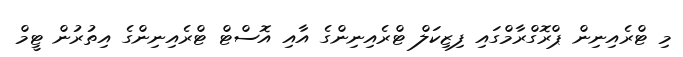
މި ޓްރެއިނިން ޕްރޮގްރާމްގައި ފިޒިކަލް ޓްރެއިނިންގެ އާއި އޮސްޓް ޓްރެއިނިންގެ އިތުރުން ޓީމް